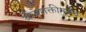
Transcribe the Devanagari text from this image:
बीजशक्तीमुळेच